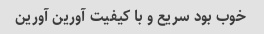
خوب بود سریع و با کیفیت آورین آورین